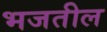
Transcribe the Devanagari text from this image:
भजतील